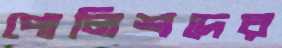
পোলিশদের